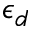
\epsilon _ { d }